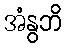
အံနွဘိ